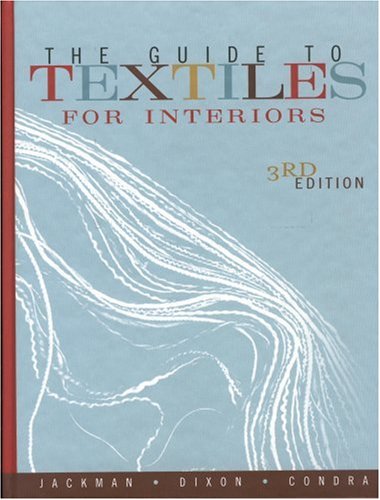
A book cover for The Guide to Textiles for Interiors; Dianne Jackman; Business & Money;